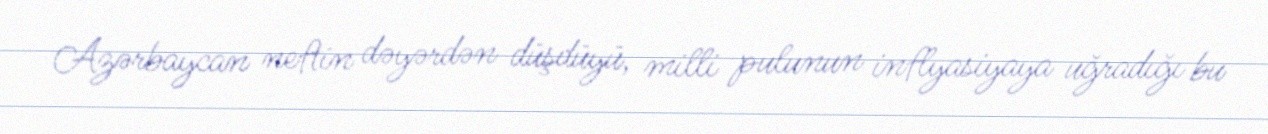
Azərbaycan neftin dəyərdən düşdüyü, milli pulunun inflyasiyaya uğradığı bu